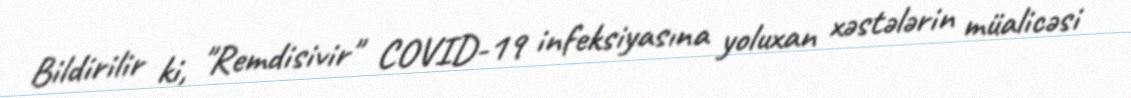
Bildirilir ki, "Remdisivir" COVID-19 infeksiyasına yoluxan xəstələrin müalicəsi